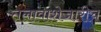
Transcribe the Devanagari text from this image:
तलावाशेजारीच